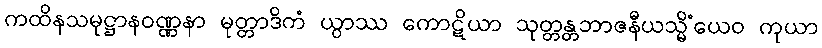
ကထိနသမုဋ္ဌာနဝဏ္ဏနာ မုတ္တာဒိကံ ယွာဿ ကောဋိယာ သုတ္တန္တဘာဇနီယသ္မိံယေဝ ကုယာ